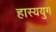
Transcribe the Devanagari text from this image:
हास्ययुग